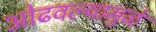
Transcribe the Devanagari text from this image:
ओढवल्यामुळे